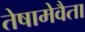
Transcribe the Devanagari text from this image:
तेषामेवैता